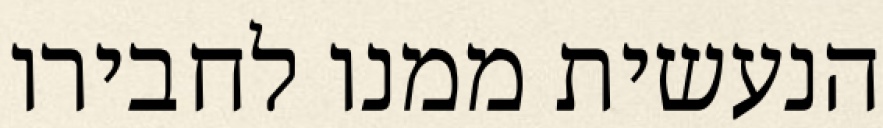
הנעשית ממנו לחבירו